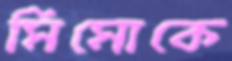
মিমোকে